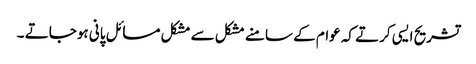
تشریح ایسی کرتے کہ عوام کے سامنے مشکل سے مشکل مسائل پانی ہوجاتے ۔